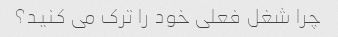
چرا شغل فعلی خود را ترک می کنید؟